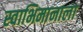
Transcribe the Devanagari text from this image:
स्वाभिमानाला